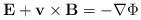
LaTeX: \begin{align*}\mathbf{E+v\times B=-\nabla }\Phi \end{align*}